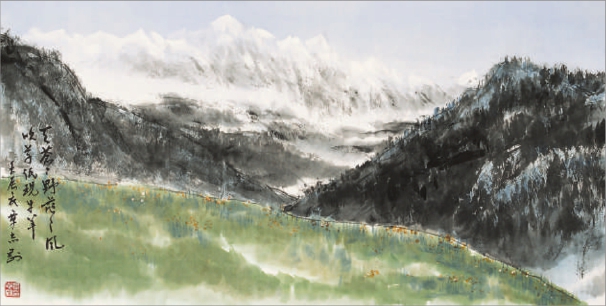
天苍苍，野茫茫。风吹草低见牛羊。